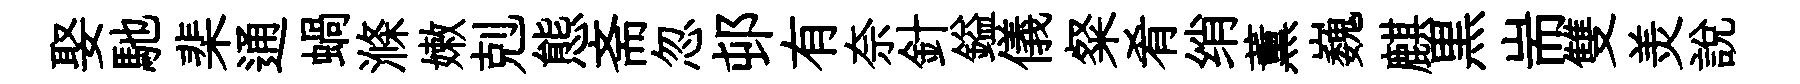
娶馳棐通蝸滌嫩剋態斋忽邨有奈針鎰儀粲肴绡薫巍麒黒耑雙羙説